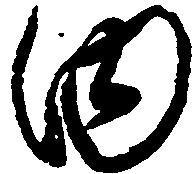
内